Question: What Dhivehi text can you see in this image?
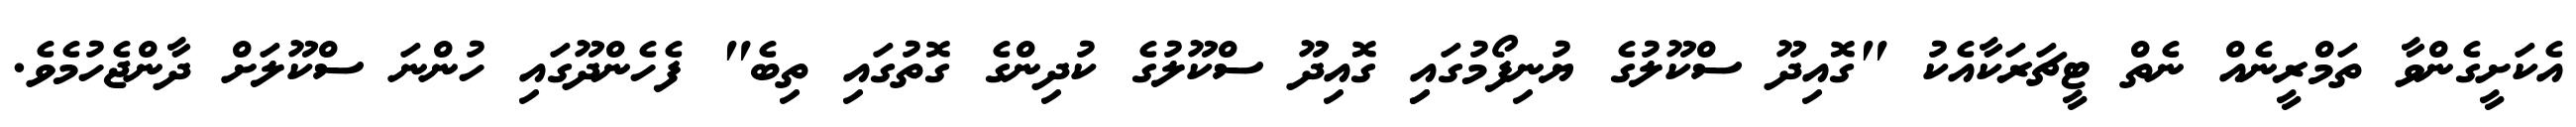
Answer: އެކަށީގެންވާ ތަމްރީނެއް ނެތް ޓީޗަރަކާއެކު "ގޮއިދޫ ސްކޫލުގެ ޔުނިފޯމުގައިި ގޮއިދޫ ސްކޫލުގެ ކުދިންގެ ގޮތުގައި ތިބެ" ފެހެންދޫގައި ހުންނަ ސްކޫލަށް ދާންޖެހުމެވެ.